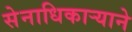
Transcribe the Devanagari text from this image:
सेनाधिकार्‍याने